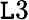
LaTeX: \mathtt{L}3